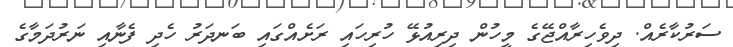
ސަރުކާރެއް. ދިވެހިރާއްޖޭގެ މީހުން ދިރިއުޅޭ ހުރިހައި ރަށެއްގައި ބަނދަރު ހެދި ފެނާއި ނަރުދަމާގެ